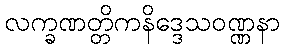
လက္ခဏတ္တိကနိဒ္ဒေသဝဏ္ဏနာ